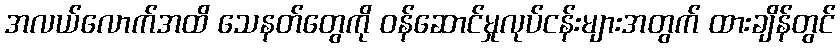
အလယ်လောက်အထိ သေနတ်တွေကို ဝန်ဆောင်မှုလုပ်ငန်းများအတွက် ထားချိန်တွင်